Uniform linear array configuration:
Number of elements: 24
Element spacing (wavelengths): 0.75
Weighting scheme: hann
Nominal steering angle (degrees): -15
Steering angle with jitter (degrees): -16.695
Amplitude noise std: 0.05
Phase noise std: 0.05

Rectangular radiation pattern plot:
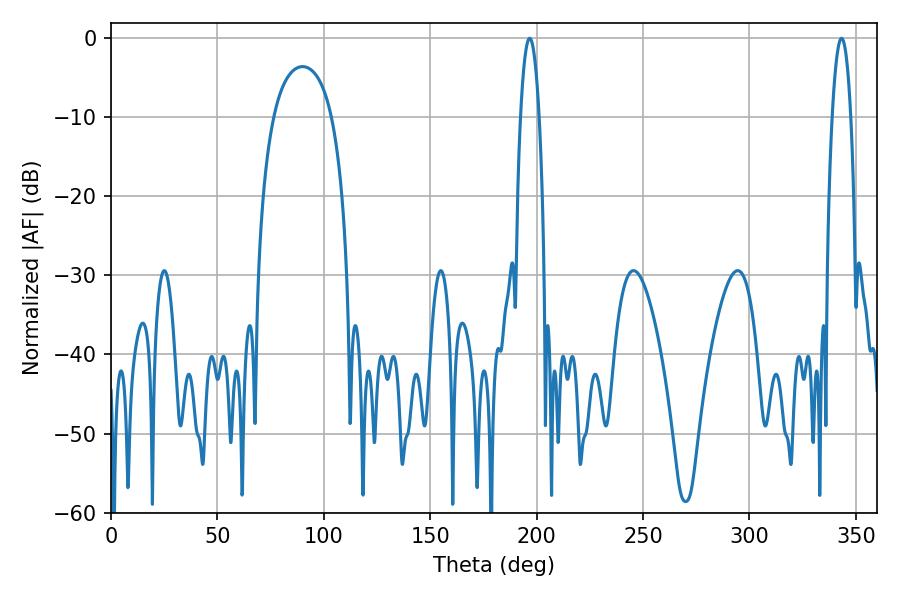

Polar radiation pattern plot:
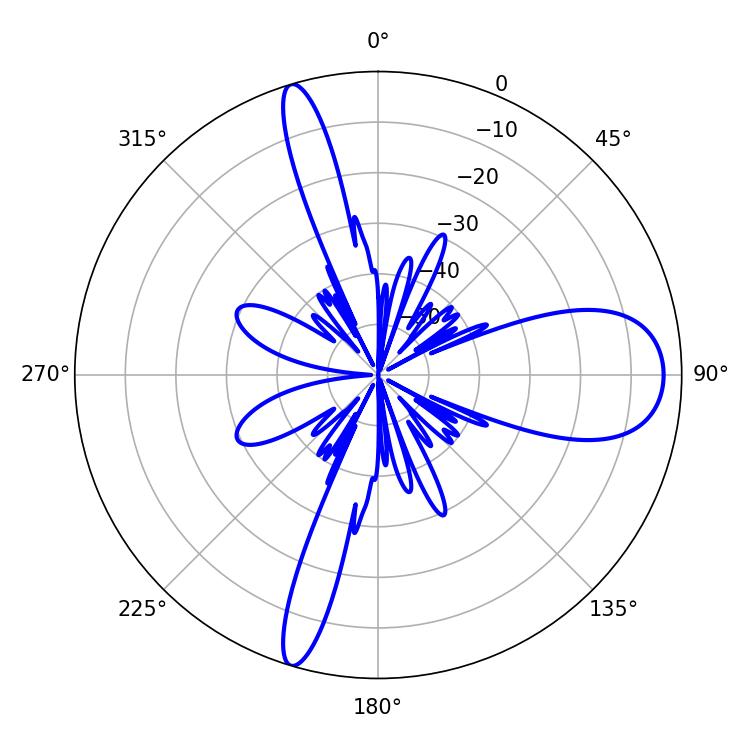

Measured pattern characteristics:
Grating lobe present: TRUE
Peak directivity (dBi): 13.036
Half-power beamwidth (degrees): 4.68
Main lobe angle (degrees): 196.74